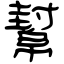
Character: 幫